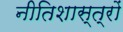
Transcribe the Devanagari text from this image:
नीतिशास्त्रों